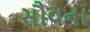
સૌવના